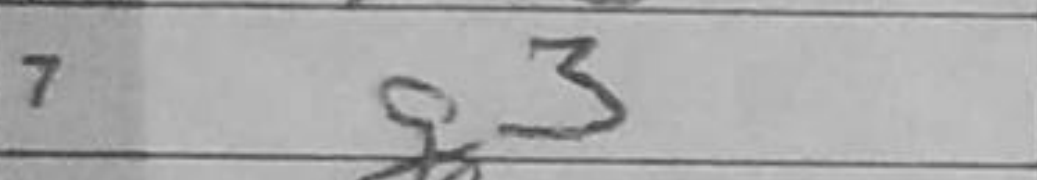
Transcription: g3